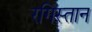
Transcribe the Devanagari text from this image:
रगिस्तान